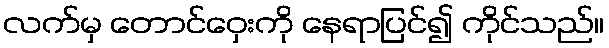
လက်မှ တောင်ဝှေးကို နေရာပြင်၍ ကိုင်သည်။